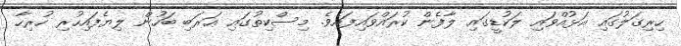
ހިރިގަލުގައި އަޅުއްވައި ލަކުޑީގައި ލާފެން ކުރައްވައިފައެވެ. މިސްކިތުގައި ޢަރަބި ބަހުން ލިޔެފައިހުރި ހުރިހާ